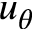
u _ { \theta }